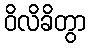
ဝိလိခိတွာ